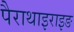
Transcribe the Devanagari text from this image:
पैराथाइराइङ